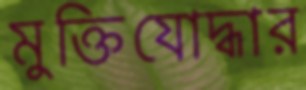
মুক্তিযোদ্ধার